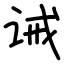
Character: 诫